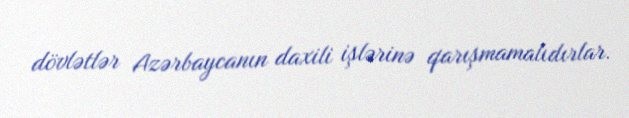
dövlətlər Azərbaycanın daxili işlərinə qarışmamalıdırlar.